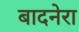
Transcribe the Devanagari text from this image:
बादनेरा